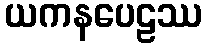
ယကနပေဠဿ